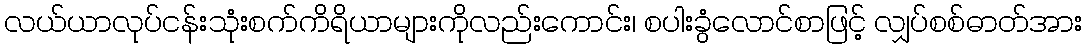
လယ်ယာလုပ်ငန်းသုံးစက်ကိရိယာများကိုလည်းကောင်း၊ စပါးခွံလောင်စာဖြင့် လျှပ်စစ်ဓာတ်အား